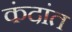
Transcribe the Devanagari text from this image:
कंदांत